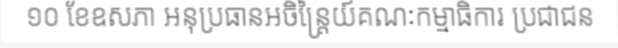
១០ ខែឧសភា អនុប្រធានអចិន្ត្រៃយ៍គណៈកម្មាធិការ ប្រជាជន